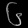
Digit: ၆